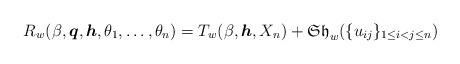
LaTeX: \begin{gather*}R_w(\beta,{\boldsymbol{q}},{\boldsymbol{h}},\theta_1,\ldots,\theta_n)=T_w(\beta,{\boldsymbol{h}},X_n) + \mathfrak{Sh}_w(\{u_{ij}\}_{1 \le i <j \le n})\end{gather*}